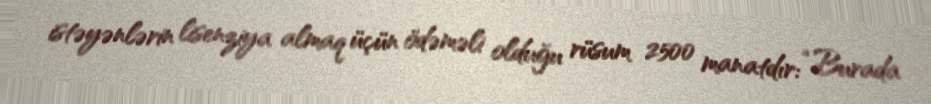
istəyənlərin lisenziya almaq üçün ödəməli olduğu rüsum 2500 manatdır: “Burada